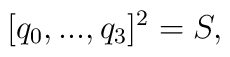
[q_0  ,...,q_3  ]^2      =     S,